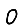
Digit: 0